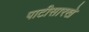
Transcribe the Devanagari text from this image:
पाटीसारखे